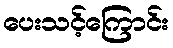
ပေးသင့်ကြောင်း